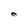
Character: O